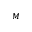
_ M